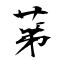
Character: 苐